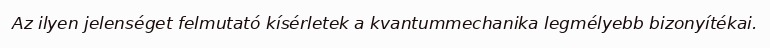
Az ilyen jelenséget felmutató kísérletek a kvantummechanika legmélyebb bizonyítékai.